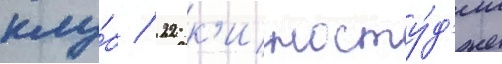
клу́б / 22 к'иносту́д'ии